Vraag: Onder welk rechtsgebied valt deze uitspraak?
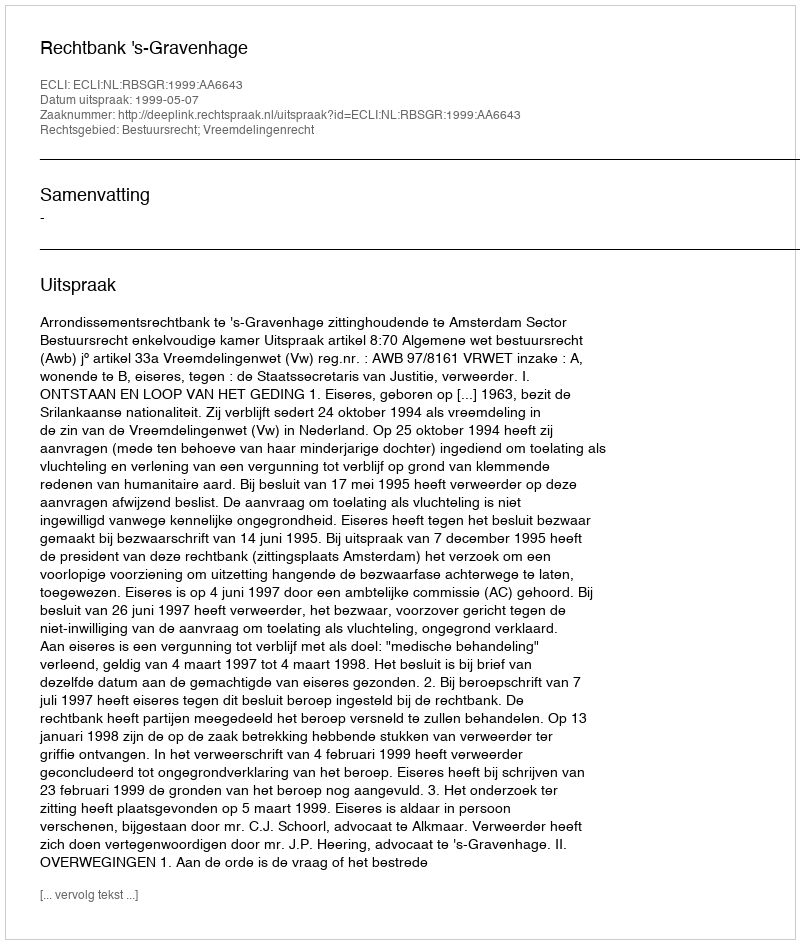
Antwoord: Bestuursrecht; Vreemdelingenrecht